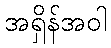
အရှိန်အဝါ